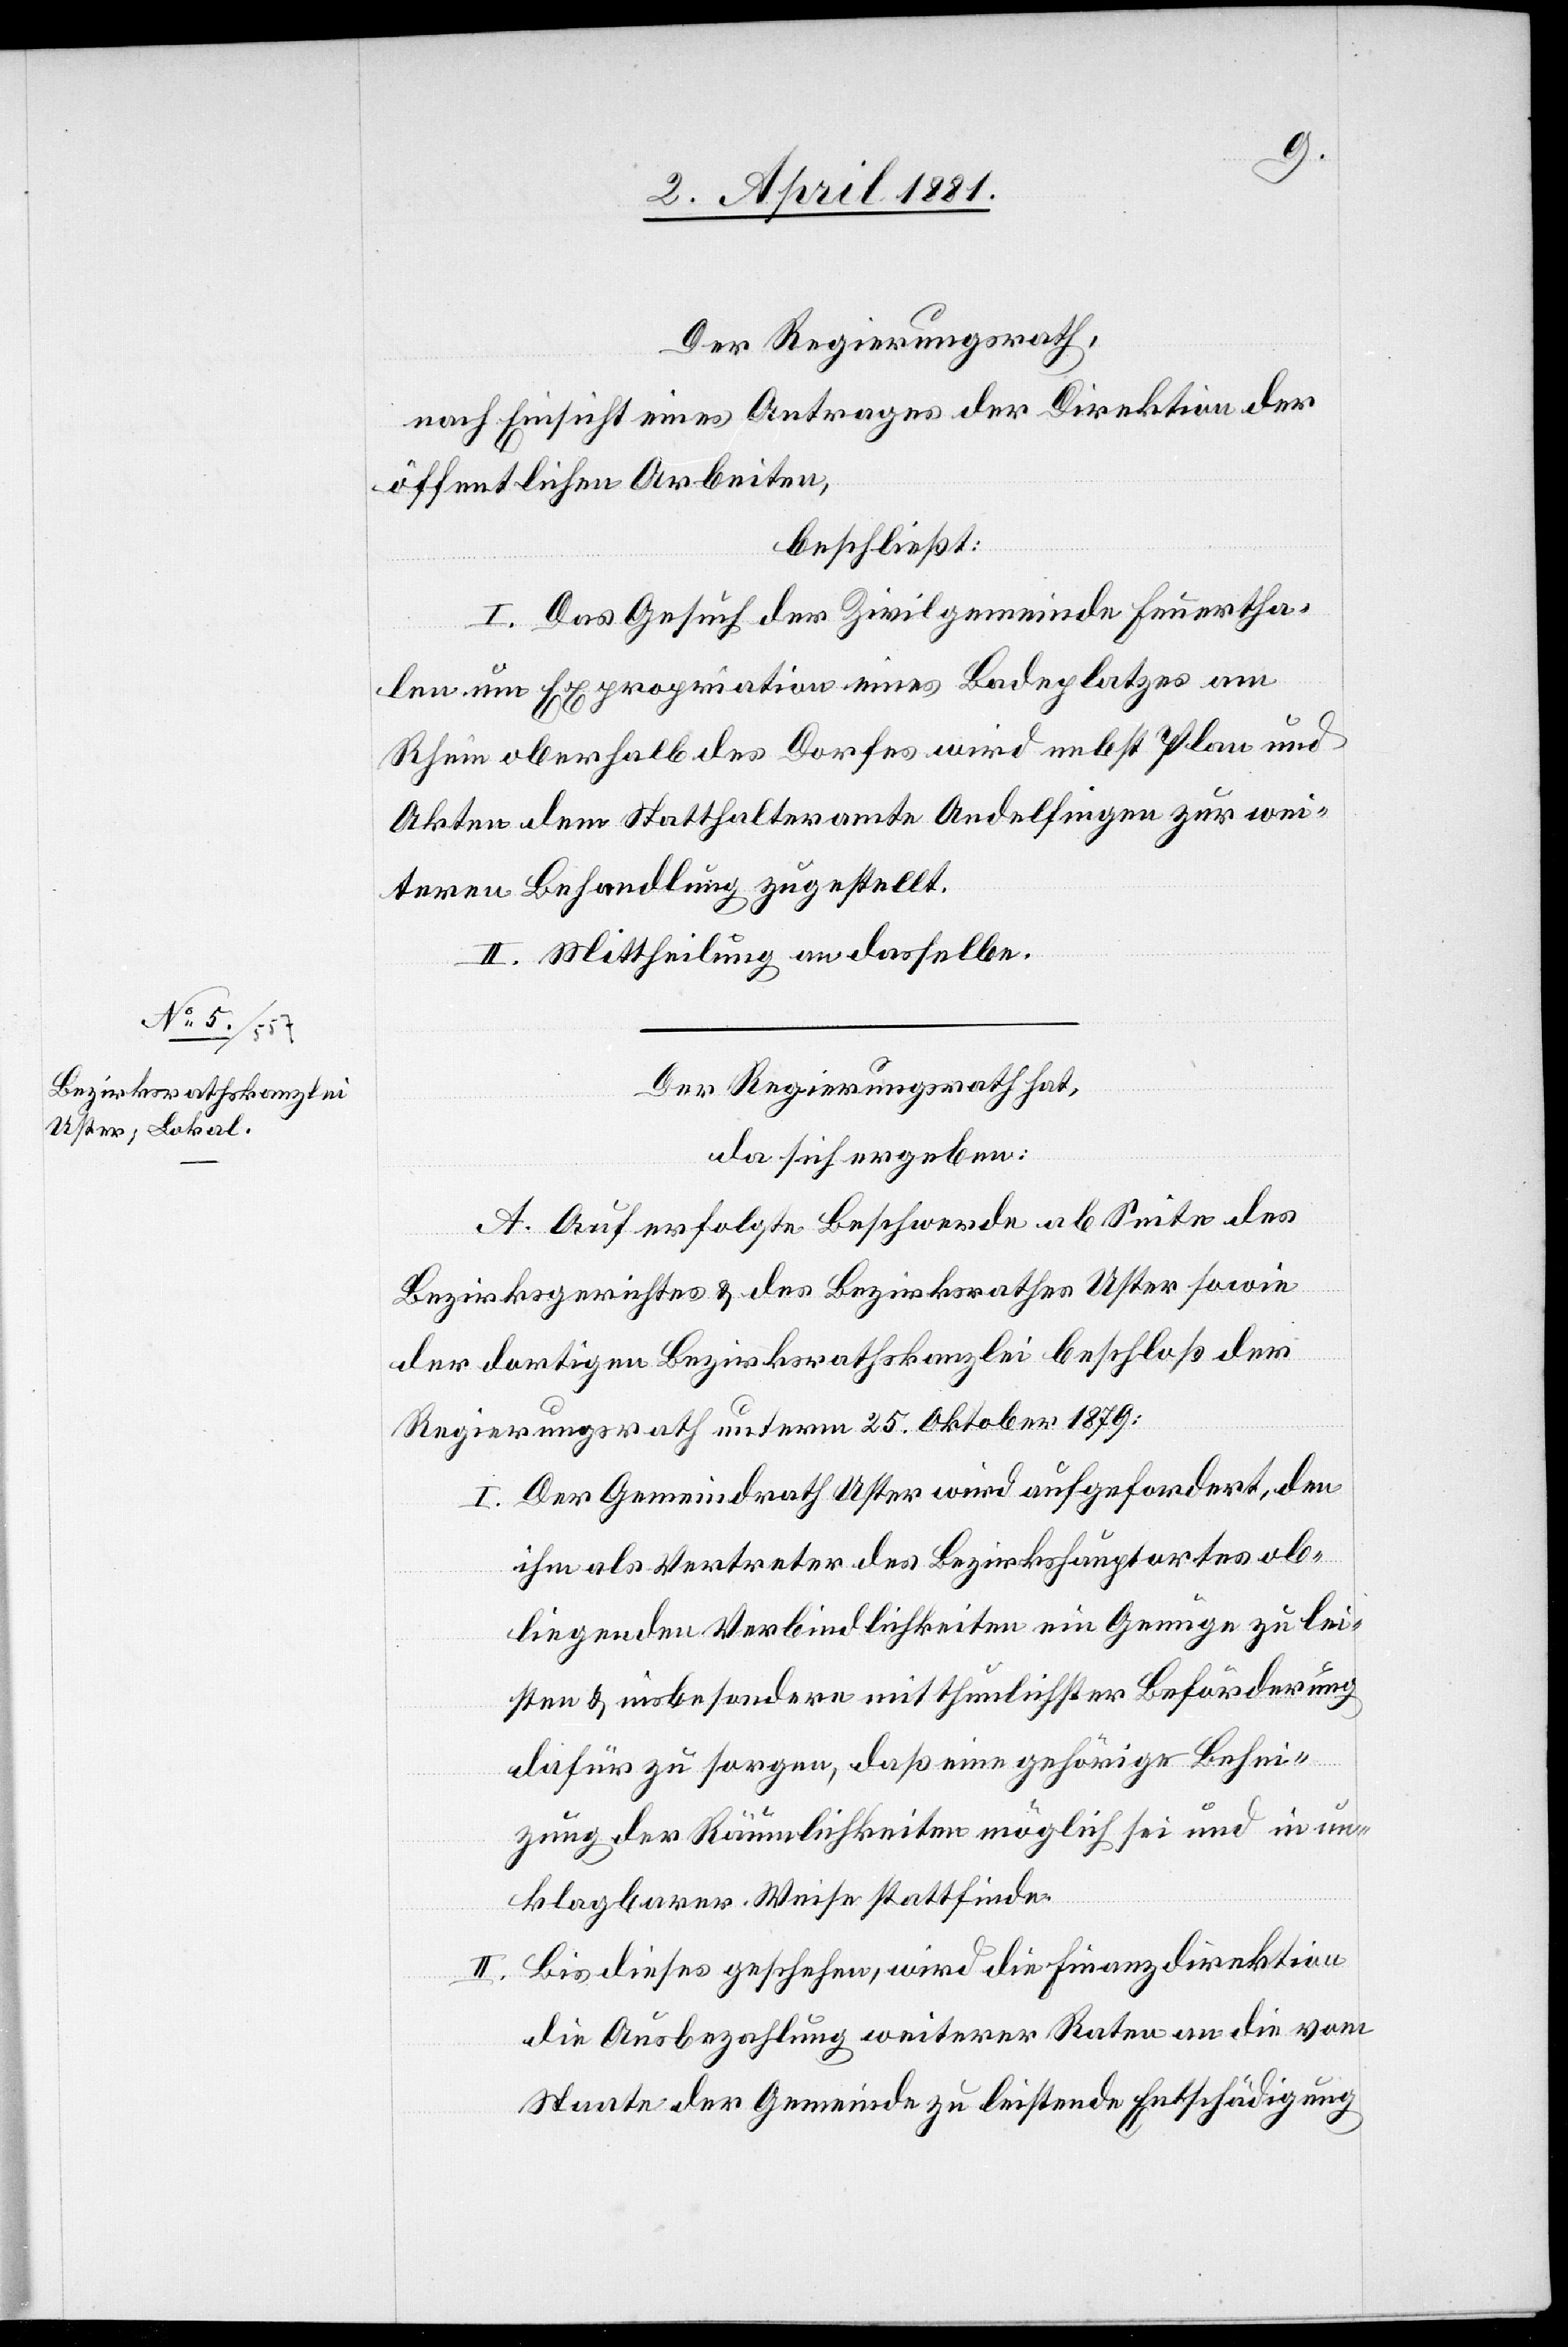
Der Regierungsrath,
nach Einsicht eines Antrages der Direktion der
öffentlichen Arbeiten,
beschließt:
I. Das Gesuch der Zivilgemeinde Feuertha¬
len um Expropriation eines Badeplatzes am
Rhein oberhalb des Dorfes wird nebst Plan und
Akten dem Statthalteramte Andelfingen zur wei¬
teren Behandlung zugestellt.
II. Mittheilung an dasselbe.
Der Regierungsrath hat,
da sich ergeben:
A. Auf erfolgte Beschwerde ab Seite des
Bezirksgerichtes & des Bezirksrathes Uster sowie
der dortigen Bezirksrathskanzlei beschloß der
Regierungsrath unterm 25. Oktober 1879:
I. Der Gemeindrath Uster wird aufgefordert, den
ihm als Vertreter des Bezirkshauptortes ob¬
liegenden Verbindlichkeiten ein Genüge zu lei¬
sten & insbesondere mit thunlichster Beförderung
dafür zu sorgen, daß eine gehörige Behei¬
zung der Räumlichkeiten möglich sei und in un¬
klagbarer Weise stattfinde.
II. Bis dieses geschehen, wird die Finanzdirektion
die Ausbezahlung weiterer Raten an die vom
Staate der Gemeinde zu leistende Entschädigung